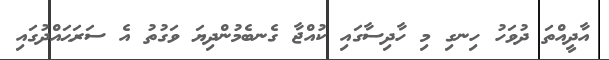
އާދީއްތަ ދުވަހު ހިނގި މި ހާދިސާގައި ކުއްޖާ ގެނބެމުންދިޔަ ވަގުތު އެ ސަރަޙައްދުގައި